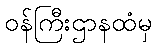
ဝန်ကြီးဌာနထံမှ